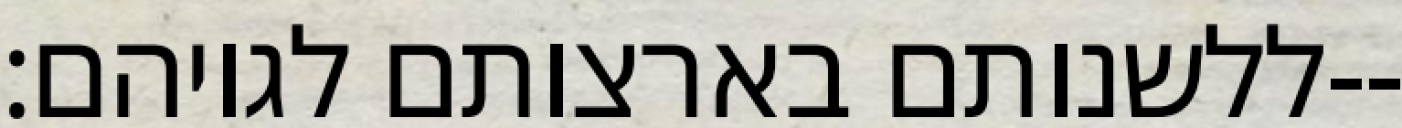
ללשנותם בארצותם לגויהם׃--